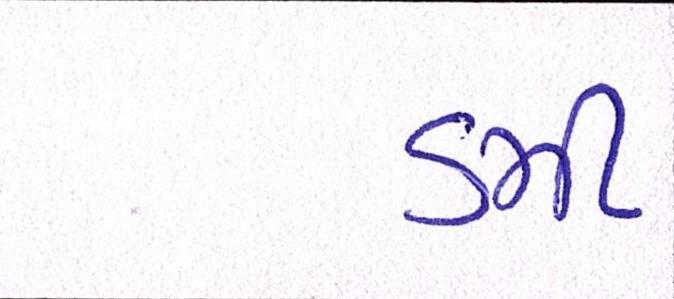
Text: ડમી